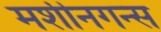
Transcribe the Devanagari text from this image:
मशीनगन्स